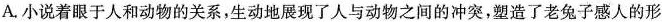
A.小说着眼于人和动物的关系，生动地展现了人与动物之间的冲突，塑造了老兔子感人的形